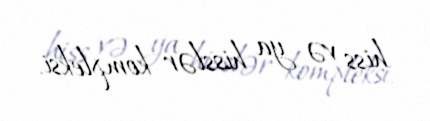
hiss və ya hisslər kompleksi.